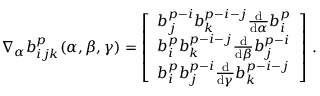
\begin{array} { r } { \nabla _ { \alpha } b _ { i j k } ^ { p } ( \alpha , \beta , \gamma ) = \left[ \begin{array} { l } { b _ { j } ^ { p - i } b _ { k } ^ { p - i - j } \frac { \mathrm { d } } { \mathrm { d } \alpha } b _ { i } ^ { p } } \\ { b _ { i } ^ { p } b _ { k } ^ { p - i - j } \frac { \mathrm { d } } { \mathrm { d } \beta } b _ { j } ^ { p - i } } \\ { b _ { i } ^ { p } b _ { j } ^ { p - i } \frac { \mathrm { d } } { \mathrm { d } \gamma } b _ { k } ^ { p - i - j } } \end{array} \right] \, . } \end{array}